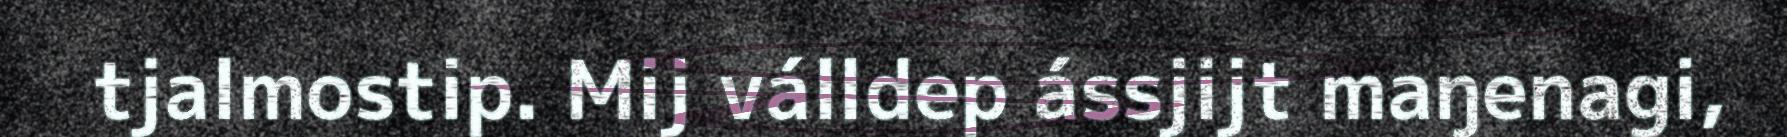
tjalmostip. Mij válldep ássjijt maŋenagi,